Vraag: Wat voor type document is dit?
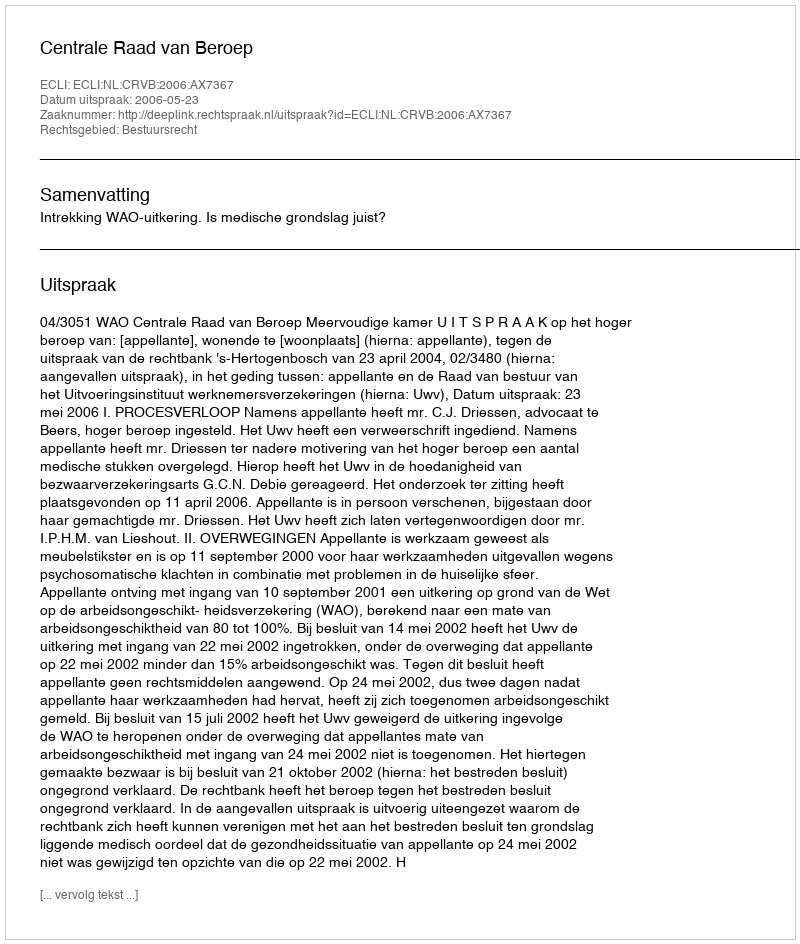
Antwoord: Uitspraak